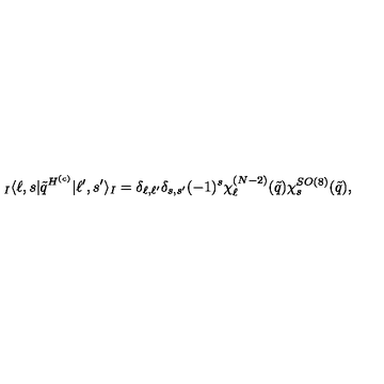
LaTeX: { } _ { I } \langle \ell , s | \tilde { q } ^ { H ^ { ( c ) } } | \ell ^ { \prime } , s ^ { \prime } \rangle _ { I } = \delta _ { \ell , \ell ^ { \prime } } \delta _ { s , s ^ { \prime } } ( - 1 ) ^ { s } \chi _ { \ell } ^ { ( N - 2 ) } ( \tilde { q } ) \chi _ { s } ^ { S O ( 8 ) } ( \tilde { q } ) ,